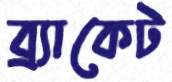
ব্র্যাকেট